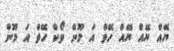
ޔޭއް ޔޭއް ޔޭއް ހޭވް އަ މޫން ވޯކް ހޭވް އަ މޫން